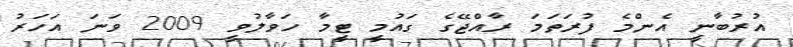
އުރުބާނީ އެންމެ ފުރަތަމަ ރާއްޖޭގެ ގައުމީ ޓީމާ ހަވާލުވީ 2009 ވަނަ އަހަރު